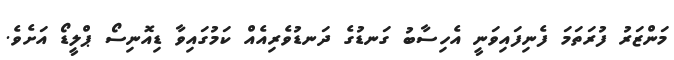
މަންޒަރު ފުރަތަމަ ފެނިފައިވަނީ އެހިސާބު ގަނޑުގެ ދަނޑުވެރިއެއް ކަމުގައިވާ ޑިއޮނިސޯ ޕްލީޑޯ އަށެވެ.